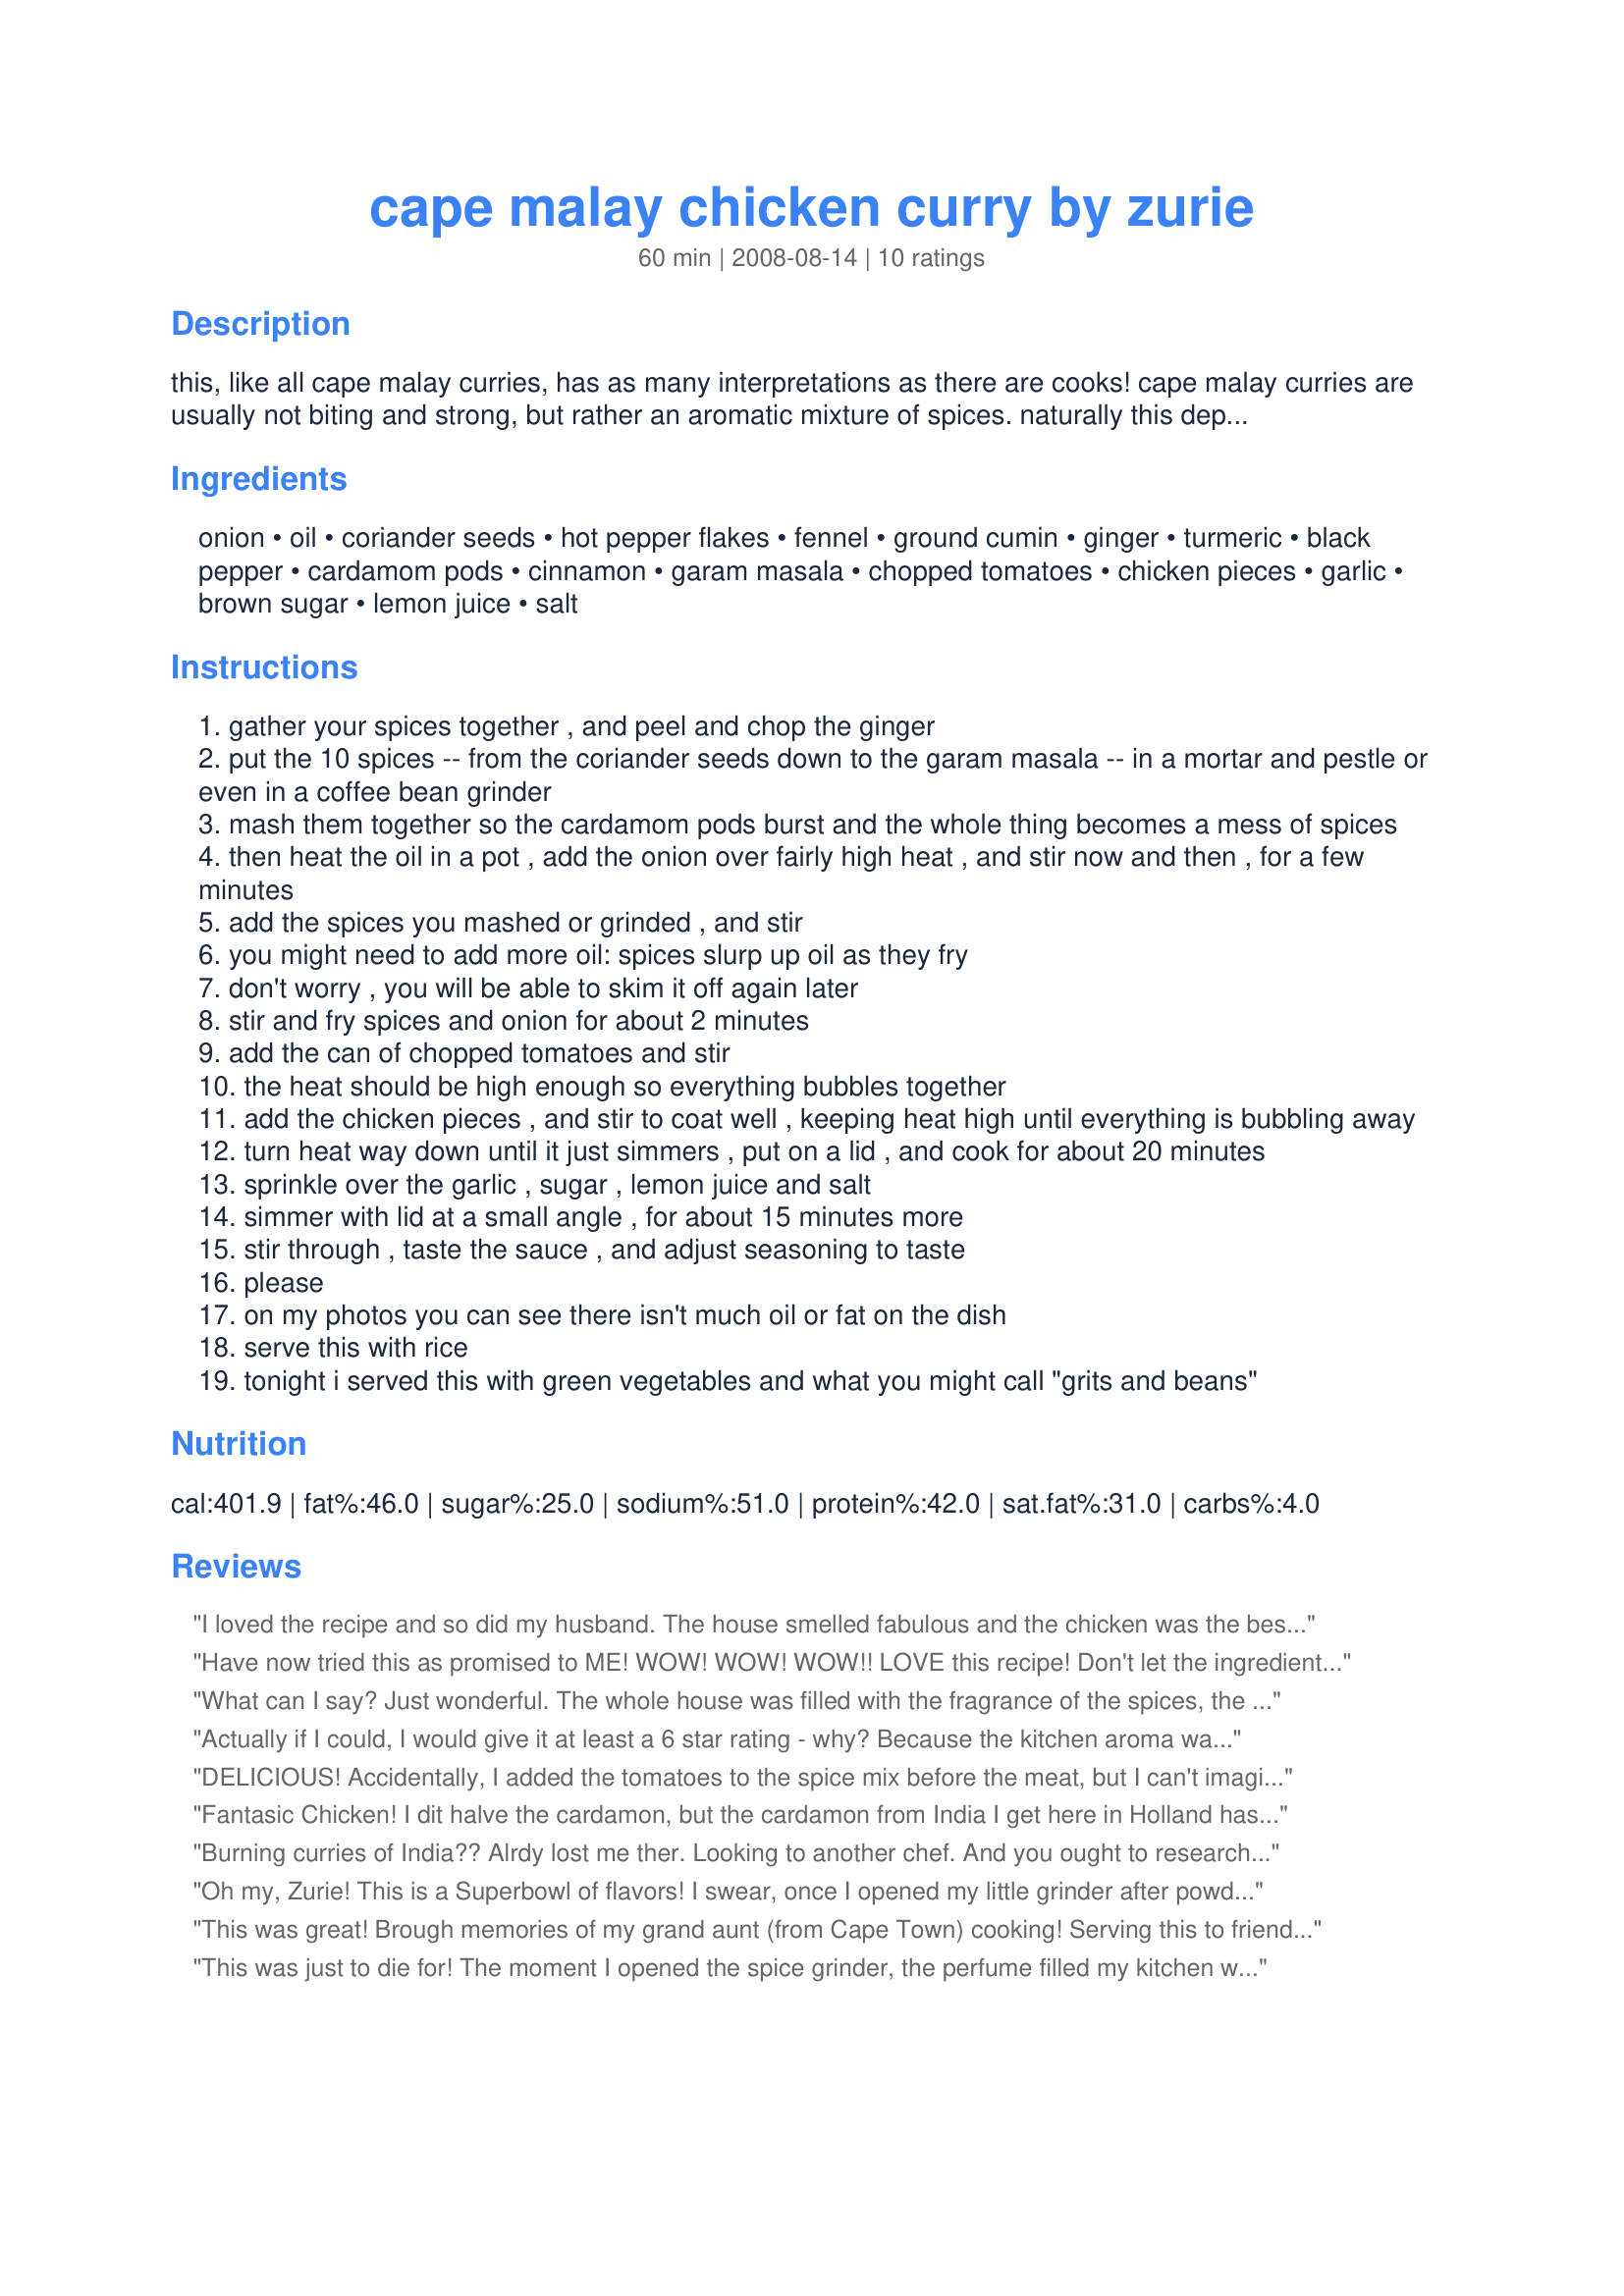
cape malay chicken curry by zurie
Preparation time: 60 minutes

this, like all cape malay curries, has as many interpretations as there are cooks! cape malay curries are usually not biting and strong, but rather an aromatic mixture of spices. naturally this depends on the individual cooks, and the curry can be made much stronger by adding more chillis (hot peppers). this recipe is my way of cooking a chicken curry, more or less: it took some discipline to measure and write down how much of each spice i use! so obviously this is a dish you change to your taste. about salt: i like using a natural sea salt, like maldon flakes or our own khoisan sea salt. but if you use these natural salts you need more of it than when using processed table salts. please adjust to taste. do not expect the burning curries of india! if you can manage my spice mixture this is a most delicious dish, and the longer it stands, the better it gets, so is perfect for making a day ahead, chilling, and re-heating. but i know that across ponds these recipes are often "lost in translation"!!

Ingredients:
onion, oil, coriander seeds, hot pepper flakes, fennel, ground cumin, ginger, turmeric, black pepper, cardamom pods, cinnamon, garam masala, chopped tomatoes, chicken pieces, garlic, brown sugar, lemon juice, salt

Steps:
gather your spices together , and peel and chop the ginger
put the 10 spices -- from the coriander seeds down to the garam masala -- in a mortar and pestle or even in a coffee bean grinder
mash them together so the cardamom pods burst and the whole thing becomes a mess of spices
then heat the oil in a pot , add the onion over fairly high heat , and stir now and then , for a few minutes
add the spices you mashed or grinded , and stir
you might need to add more oil: spices slurp up oil as they fry
don't worry , you will be able to skim it off again later
stir and fry spices and onion for about 2 minutes
add the can of chopped tomatoes and stir
the heat should be high enough so everything bubbles together
add the chicken pieces , and stir to coat well , keeping heat high until everything is bubbling away
turn heat way down until it just simmers , put on a lid , and cook for about 20 minutes
sprinkle over the garlic , sugar , lemon juice and salt
simmer with lid at a small angle , for about 15 minutes more
stir through , taste the sauce , and adjust seasoning to taste
please
on my photos you can see there isn't much oil or fat on the dish
serve this with rice
tonight i served this with green vegetables and what you might call "grits and beans"

Reviews:
I loved the recipe and so did my husband. The house smelled fabulous and the chicken was the best we have ever eaten. I made a turmeric rice and served with it and liked that as well. This is quite easy once you get your spices all ground up. A keeper for sure!
Have now tried this as promised to ME!
WOW! WOW! WOW!! LOVE this recipe!
Don't let the ingredient list make you not to want to do!
YUMMY!!! SO glad it jumped out at me too!
Used red onions as is personal taste for me!
Used chicken thighs in bite size pieces as like to see!
Kitchen smells GREAT, so genuinely thank you!
For posting a very terrific recipe can make the whole year through!
THANKS!
What can I say? Just wonderful. The whole house was filled with the fragrance of the spices, the finished curry was yummy to say the least and indeed even better the next day. Froze two servings and yes, it freezes very well. Used bone-and skinless chicken thighs which I cut up in bite-size pieces. Used kosher salt and found that a scant teaspoon was just right. The garam masala I always use is of the "hot" kind and I was a little afraid that it would "kill" the rest of the spices. Not to worry, it went very well together. Was also worried that the curry would be too dry with just one can of chopped tomatoes as liquid. On the contrary, just enough sauce to mix with the rice. I should not worry so much.........it turned out perfect! This will certainly be made again. Thanks for posting.
Actually if I could, I would give it at least a 6 star rating - why? Because the kitchen aroma was simply to die for, it reminded me of my childhood in India and Pakistan when as a child I used to watch the cook create wonderful dishes using the most interesting spices.<br/><br/>The taste was just out of this world, I made no changes what so ever, except I did not have any ground cinnamon so used a cinnamon quill instead. Zurie its a real keeper, thanks so much for posting this.
DELICIOUS! Accidentally, I added the tomatoes to the spice mix before the meat, but I can't imagine that it could be better than it is now. Also I cheated a bit and used only skinless chickenbreasts because that's what I had, so there was no fat to discard. Other wise I followed the recipe to the letter, used jaggery for the sugar and pounded the spices thoroughly in the mortar. The cardamom pods were not too impressed by my workout, but the cardamom flavour of the dish is quite clear, so it was fine, I guess. It's spicy, but not too hot, and the heat does not kill the other flavours. Very balanced. I'll make this again! Thanks for sharing :)<br/>Made for A New African Tag Game.
Fantasic Chicken! I dit halve the cardamon, but the cardamon from India I get here in Holland has a very strong taste.
Burning curries of India?? Alrdy lost me ther. Looking to another chef.
And you ought to research curries a bit more.
Oh my, Zurie! This is a Superbowl of flavors! I swear, once I opened my little grinder after powdering these spices, I swear I could dab it behind my ears and wear it as perfume! OH, AHH! 
I used bonelss skinless chicken breasts, so seared them in the pan in just a little oil, then removed from the pan to a platter. Then I followed steps 2-5 with just the sauce to allow these wonderful flavors to cook. After adding the garlic, lemon juice and brown sugar to the sauce, I added back the chicken breasts and let them simmer for the 15 minutes. I used only 1 teaspoon of crushed red pepper flakes in the original spice mix, and it was quite spicy for me. I couldn't get the cardamom pods in my small town, but I had cardamom seeds, and used a heaping teaspoon of these to the mix before grinding. Zurie, this was fantastic, and my house still smells wonderful! Bill and I are looking forward to leftovers tomorrow after the flavors have married even more!
This was great! Brough memories of my grand aunt (from Cape Town) cooking! Serving this to friends I got compared to some of the best Restaurants in the City. Thank you!
This was just to die for! The moment I opened the spice grinder, the perfume filled my kitchen with the most wonderful aroma, and it only got better as I cooked. Even with the long list of spices this was very easy to make and quick enough for a weeknight dinner. I used bone in chicken hindquarters and the cooking time was perfect. The turmeric in the spice mixture gave the chicken skin a lovely golden color, and the meat was perfectly tender. The sauce just bursts with flavor- not heat, but wonderful, aromatic, complex flavor. This time I served with couscous, but it would also be wonderful over some roasted fingerling potatoes.
